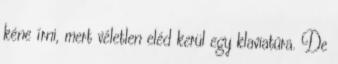
kéne írni, mert véletlen eléd kerül egy klaviatúra. De